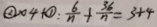
\textcircled { 2 } \times 4 + \textcircled { 1 } : \frac { 6 } { n } + \frac { 3 6 } { n } = 3 + 4